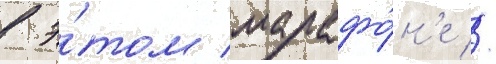
в э́том марафо́н'е //